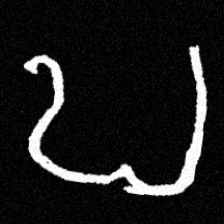
Pyu character \u2014 Myanmar letter: ဎ (romanized: ddha)